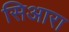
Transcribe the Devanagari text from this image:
सिआरा